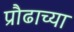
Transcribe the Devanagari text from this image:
प्रौढाच्या